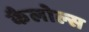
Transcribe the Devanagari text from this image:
कैलोल्स